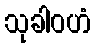
သုခါဝဟံ